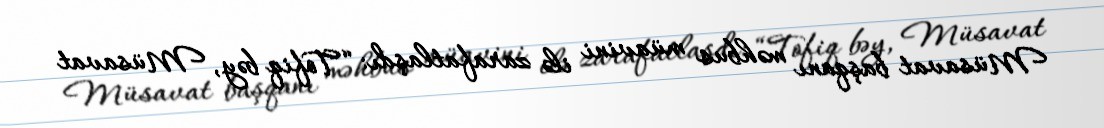
Müsavat başqanı məhbus müavini ilə zarafatlaşdı: “Tofiq bəy, Müsavat